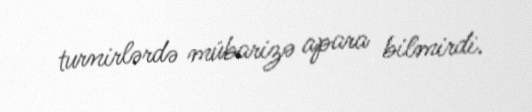
turnirlərdə mübarizə apara bilmirdi.